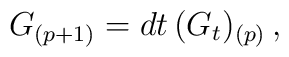
G_{(p+1)}= dt\, (G_t)_{(p)} \, ,